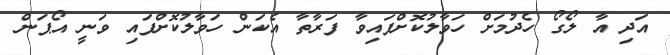
އަދި އާ ލޯގޯ ހެދުމަށް ހަވާލުކޮށްފައިވާ ފަރާތާ އެކަން ހަވާލުކޮށްފައި ވަނީ އޯޕަން